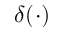
\delta ( \cdot )